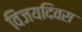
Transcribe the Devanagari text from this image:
विजयदिवस